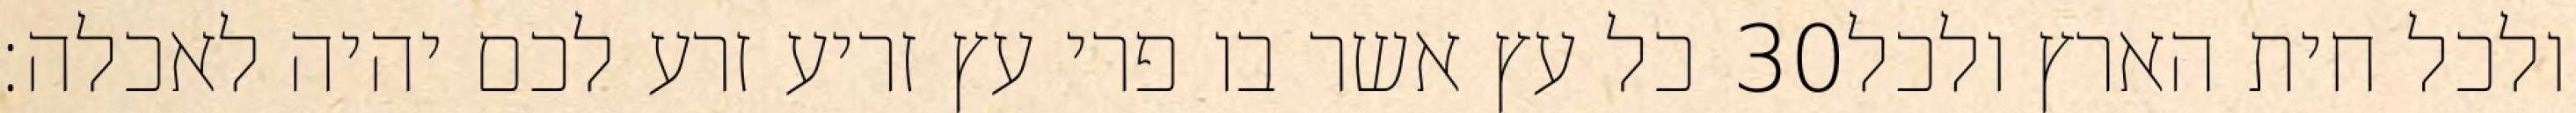
כל עץ אשר בו פרי עץ זריע זרע לכם יהיה לאכלה׃ ‎30‏ ולכל חית הארץ ולכל